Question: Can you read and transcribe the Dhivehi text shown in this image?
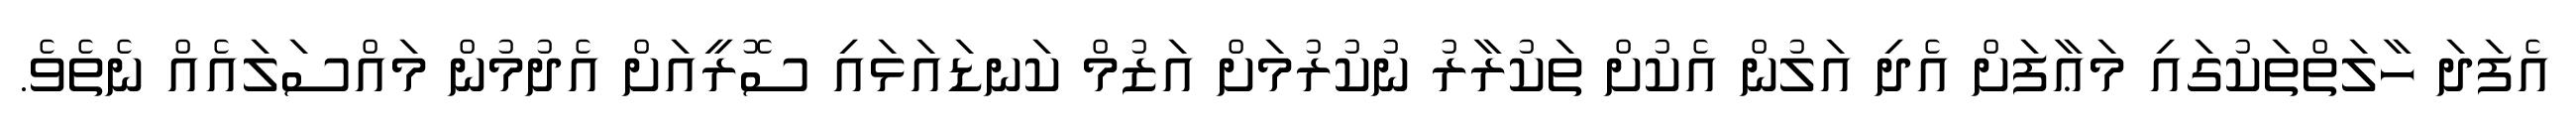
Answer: އެފަދަ ހާލަތްތަކުގައި މަޢާފަށް އެދި އަލުން އެކުށް ތަކުރާރު ނުކުރުމަށް އަޒުމް ކަނޑައަޅައި ސޮރީއަށް އެދުމުން މައްސަލައެއް ނެތެވެ.